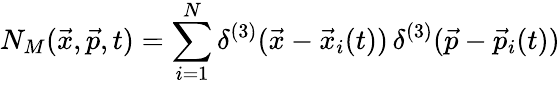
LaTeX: N_{M}(\vec{x},\vec{p},t)=\sum_{i=1}^{N}\delta^{(3)}(\vec{x}-\vec{x}_{i}(t))\, \delta^{(3)}(\vec{p}-\vec{p}_{i}(t))